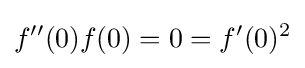
f''(0)f(0)=0=f'(0)^{2}